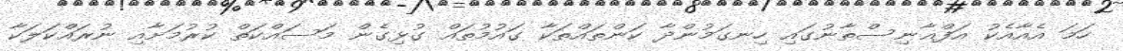
ހަމަ އެއާއެކު އަފްޣާނިސްތާނުގައި ހިނގަމުންދާ ކަންތައްތަކާ ގައުމުތައް ގުޅިގެން މަސައްކަތް ކުރުމަށާއި ނުރައްކަލަކާ